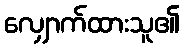
လျှောက်ထားသူ၏